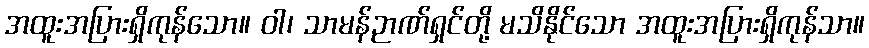
အထူးအပြားရှိကုန်သော။ ဝါ၊ သာမန်ဉာဏ်ရှင်တို့ မသိနိုင်သော အထူးအပြားရှိကုန်သာ။